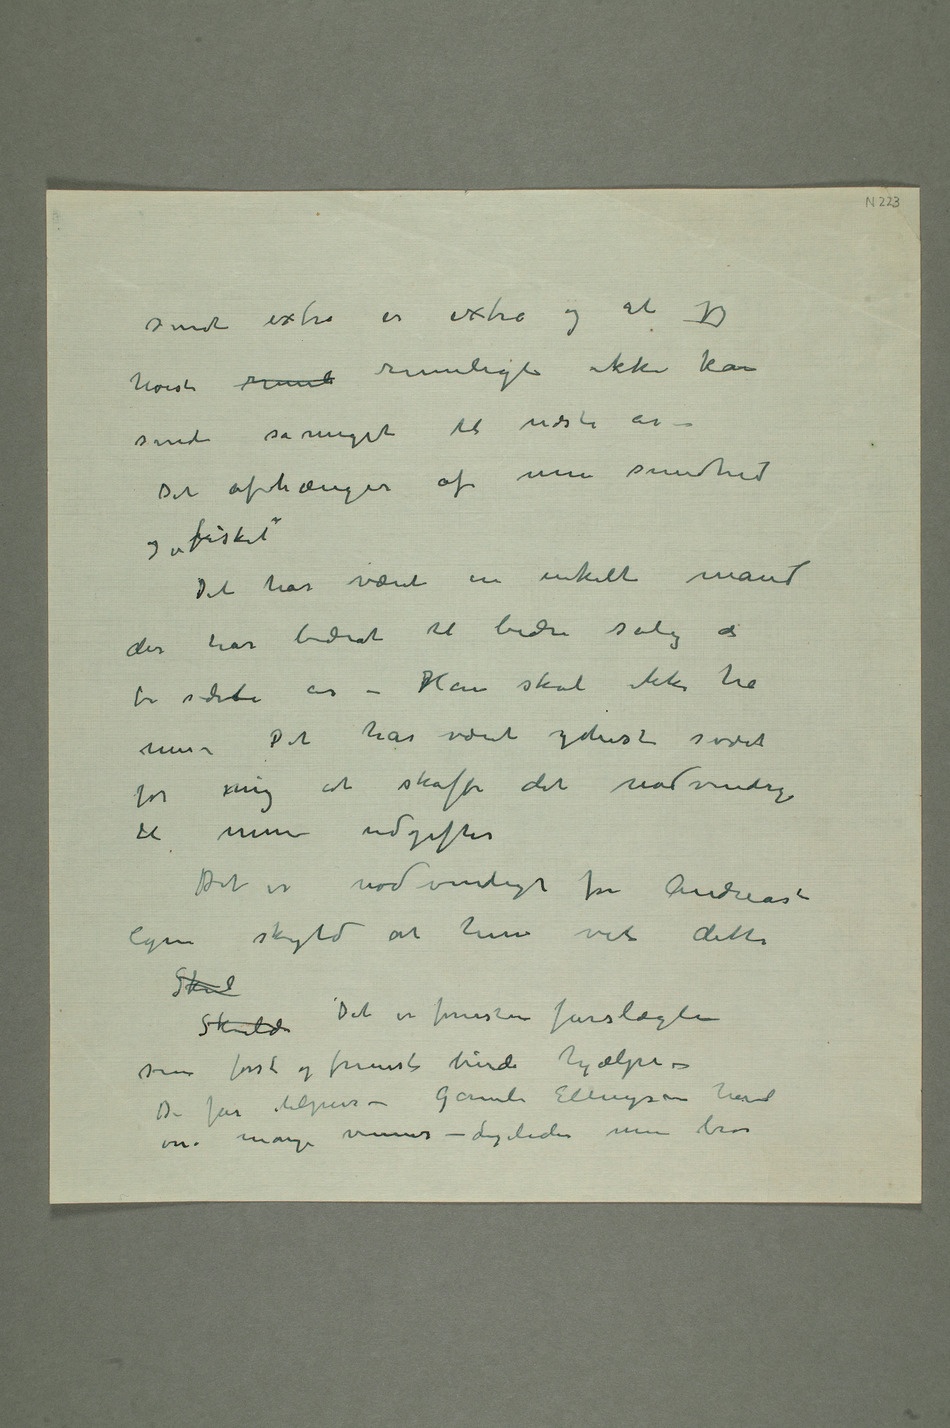
sendt extra er extra og at jeg
høist riml rimeligt ikke kan
sende såmeget til næste år –
Det avhænger af min sundhed
Det har været en enkelt mand
der har bidrat til bedre salg de
to sidste år – Han skal ikke ha mer
– Det har været yderst svært
for mig at skaffe det nødvendige
til mine utgifter
egen skyld at hun vet dette
Skulde Det er forresten farslægten
som først og fremst burde hjælpe –
mange venner – Ligeledes min bror